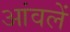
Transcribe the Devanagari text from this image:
आंवलें